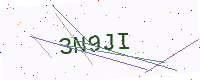
Text: 3N9JI